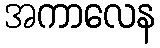
အကာလေန